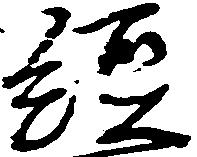
経